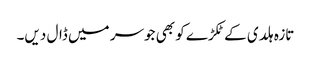
تازہ ہلدی کے ٹکڑے کو بھی جوسر میں ڈال دیں۔